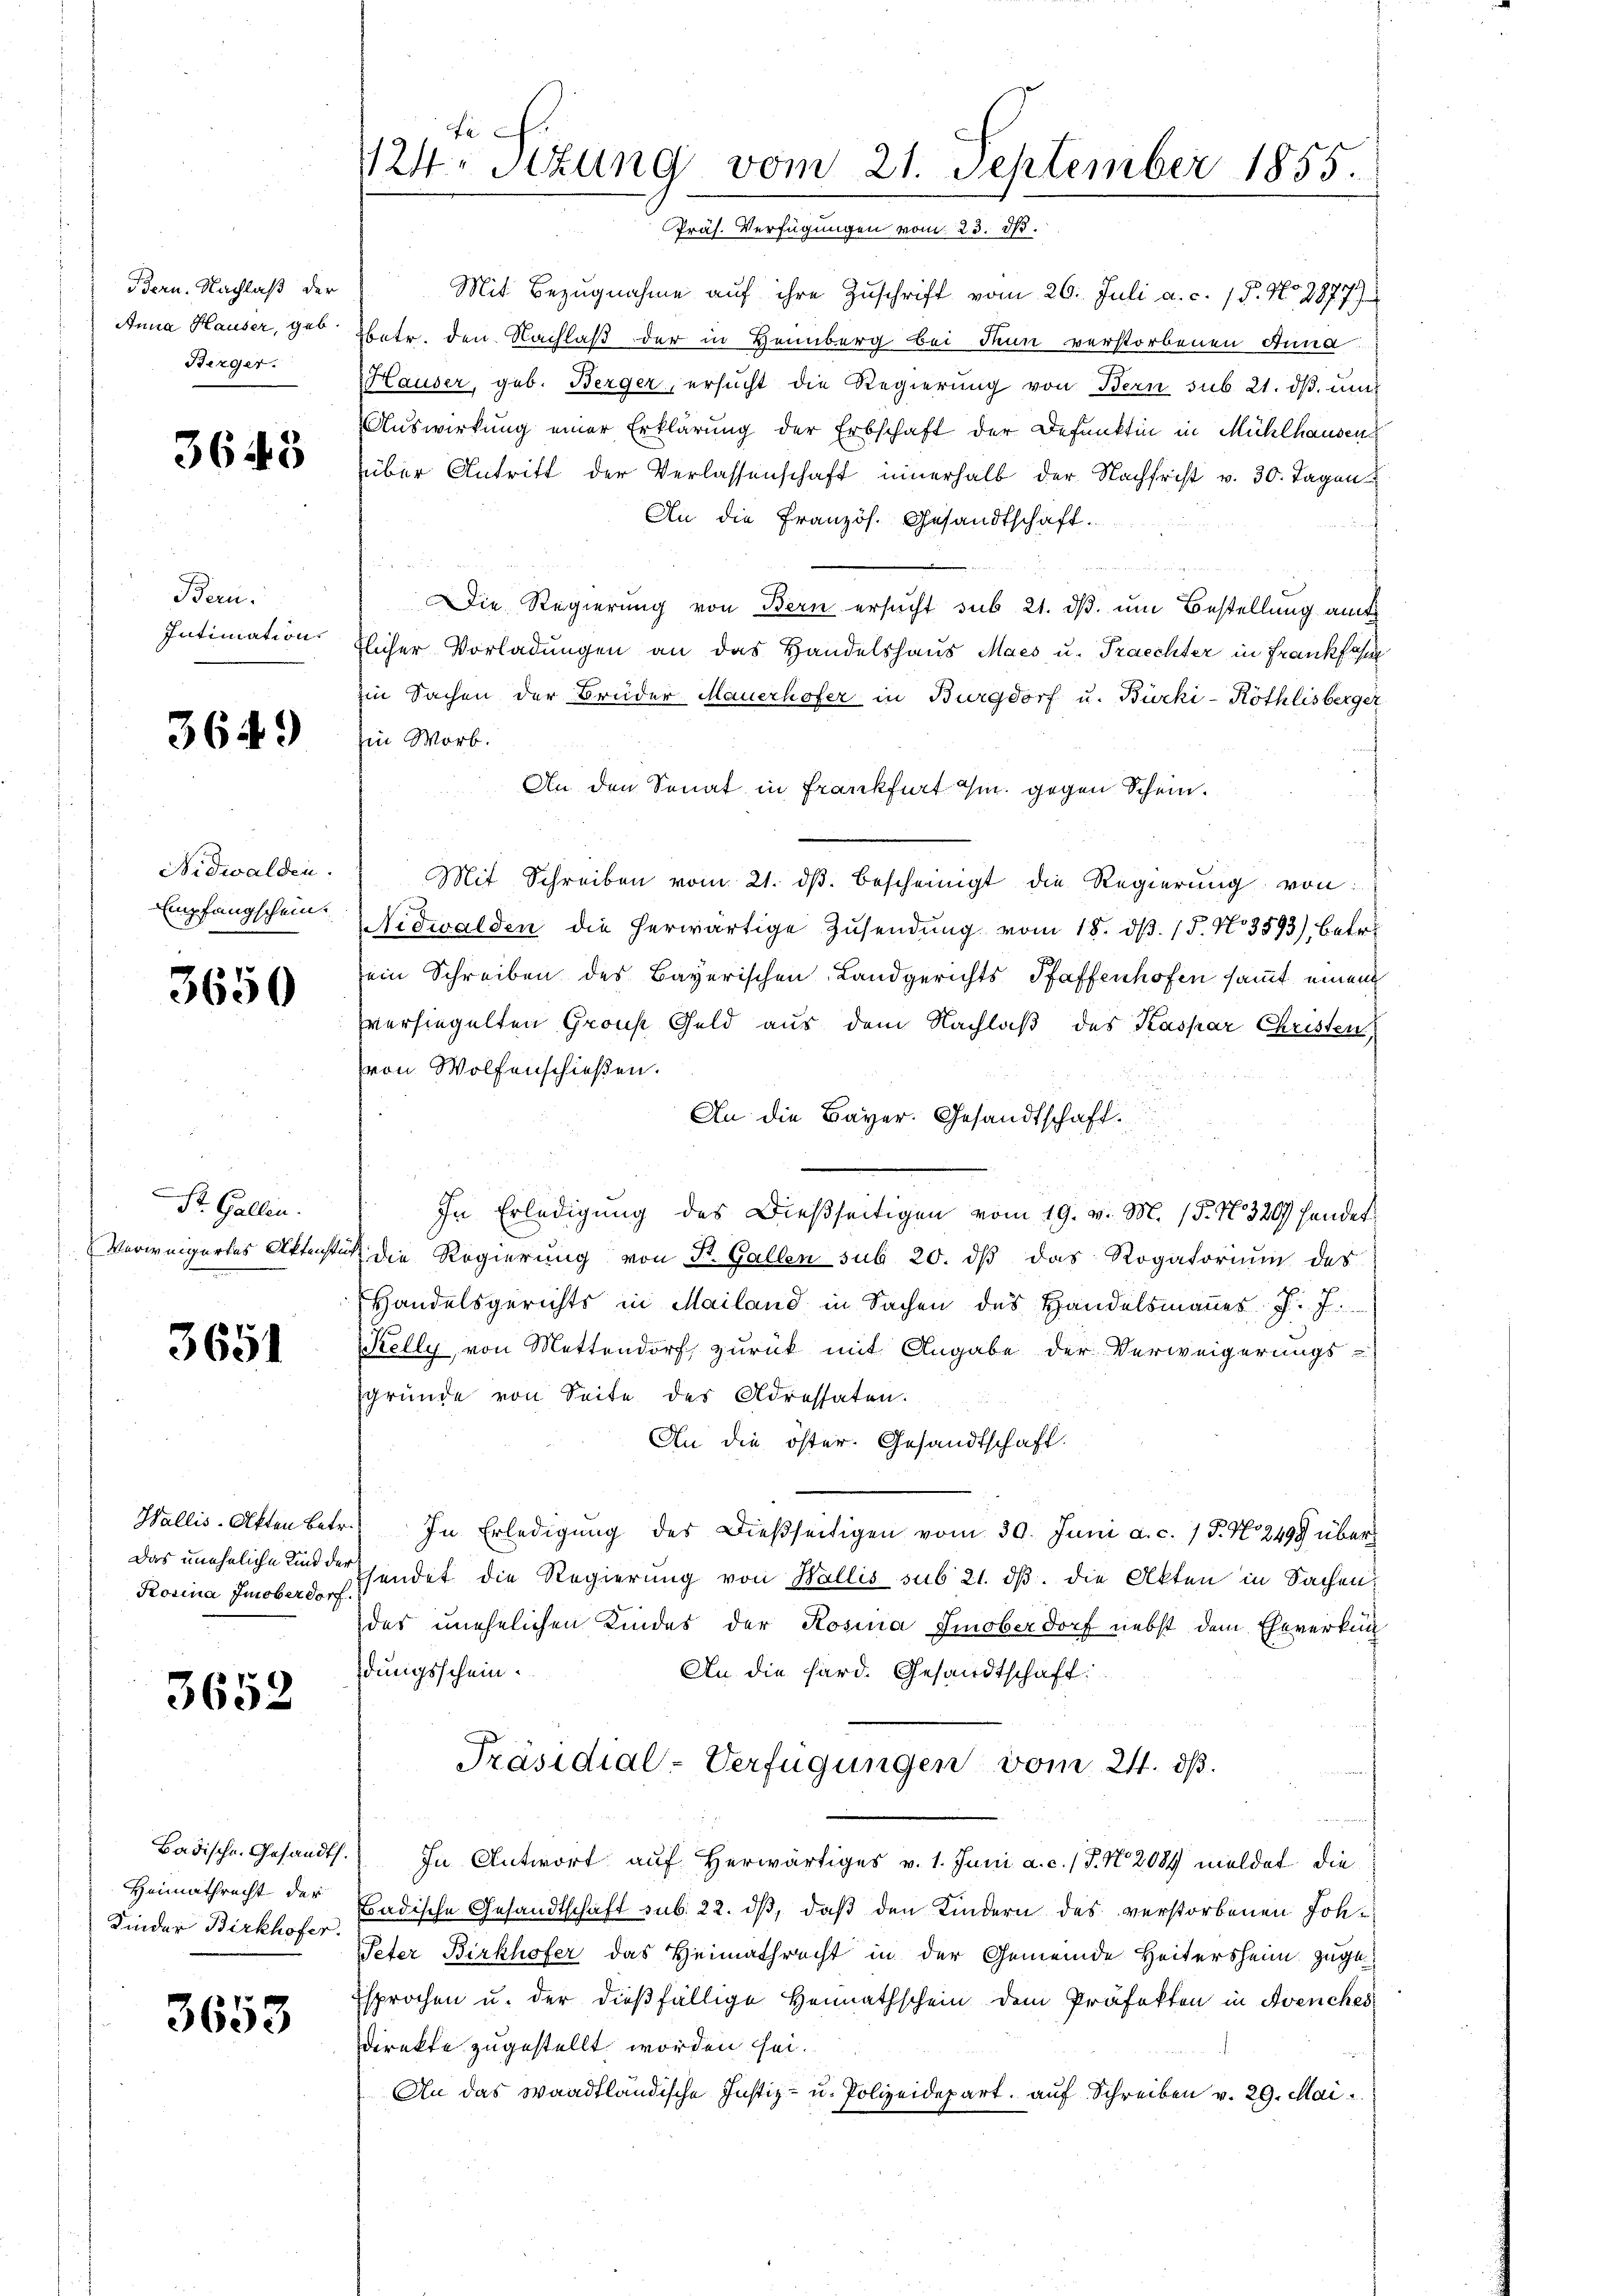
Bern. Nachlaß der
Anna Hauser, geb.
Berger.

3643

Bern.
Intimation.

3649)

Nidwalden.
Empfangschein.

3650

Dr. Gallen.
Verweigertes Aktenste

3651

Wallis-Akten Betr.
Das uneheliche Kind der
Kosina Imoberdorf.

3652

Badische Gesandt.
Heimathrecht der
Kinder Birkhofer.

3653

Fe
124. Stzung vom 21. September 1855.
Präs. Verfügungen vom 23. d.

Mit Bezugnahme auf ihre Zuschrift vom 26. Juli a. c. 15. No 2877)
betr. den Nachlaß der in Heinberg bei denn verstorbenen Anna
HHauser, geb. Berger, ersŭcht die Regierŭng von Bern sub. 21. dβ ŭm
Auswirkung einer Erklärung der Erbschaft der Defunktin in Mühlhausens
über Antritt der Verlassenschaft innerhalb der Nachfrist v. 30. Tagen
An die Französ. Gesandtschaft.
an
Die Regierung von Bern ersucht sub 21. ds. um Bestellung amt
flicher Vorladungen an das Handelshaus Maes u. Traechter in Frankfas
Iin Sachen der Brüder Mauerhofer in Burgdorf u. Bürki-Röthlisberger
in Worb.
An den Senat in Frankfurt im gegen Schein.
Mit Schreiben vom 21. dβ bescheinigt die Regierŭng von
Nidwalden die herwärtige Zusendung vom 18. d. 15. No 3593) betr.
ein Schreiben des Bayerischen Landgerichts Pfaffenhofen sammt einem
versiegelten Grons Geld aus dem Nachlaß des Kaspar Christen
von Wolfenschießen.
An die Bayer. Gesandtschaft.
In Erledigung des Dießseitigen vom 19. v. M. (§. N. 320) hander
 die Regierung von St. Gallen sub 20. dβ das Rogatorium des
Handelsgerichts in Mailand in Sachen des Handelsmannes P. J.
Kelly, von Mettendorf, zurück mit Angabe der Verweigerungs-
gründe von Seite des Adressaten.
An die öster. Gesandtschaft.
In Erledigung des Dießseitigen vom 30. Juni a. c. 15. No 249 über
sendet die Regierung von Wallis sub 21. dβ. die Akten in Sachen
des unehelichen Kindes der Rosina Smoberdorf nebst dem Eheverkun
dungsschein.
An die Hard. Gesandtschaft:
Präsidial-Verfügungen vom 21. dß.
In Antwort auf Herwärtiges v. 1. Juni a. c. (T. N. 2084 meldet die
Badische Gesandtschaft sub. 22. ds, daß den Kindern des verstorbenen Joh¬
Peter Birkhofer das Heimathrecht in der Gemeinde Heitersheim zuge¬
Esprochen u. der dießfällige Heimathschein dem Präfekten in Avenches
direkte zugestellt worden sei.
An das Waadtländische Justiz- u. Polizeidepart, auf Schreiben v. 29. Mai